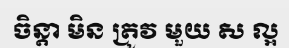
ចិន្តា មិន ត្រូវ មួយ ស ល្អ